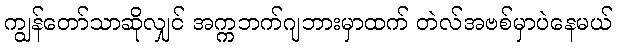
ကျွန်တော်သာဆိုလျှင် အက္ကဘက်ဂျဘားမှာထက် တဲလ်အဗစ်မှာပဲနေမယ်